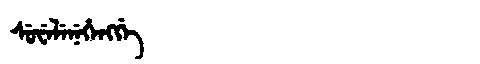
Manchu: ᠰᡠᠸᡝᠯᡝᠨᡝᡥᡝᠩᡤᡝ
Romanization: SUWELENEHENGGE